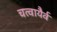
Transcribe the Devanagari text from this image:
चत्वायैर्व